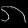
Digit: ၈